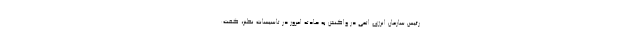
رئیس سازمان انرژی اتمی در واکنش به حادثه امروز در تاسیسات نطنز، گفت: